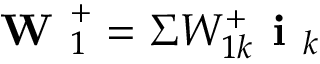
\textbf { W } _ { 1 } ^ { + } = \Sigma W _ { 1 k } ^ { + } \textbf { i } _ { k }